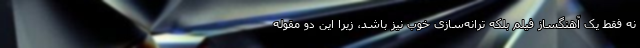
نه فقط یک آهنگساز فیلم بلکه ترانه‌سازی خوب نیز باشد، زیرا این دو مقوله